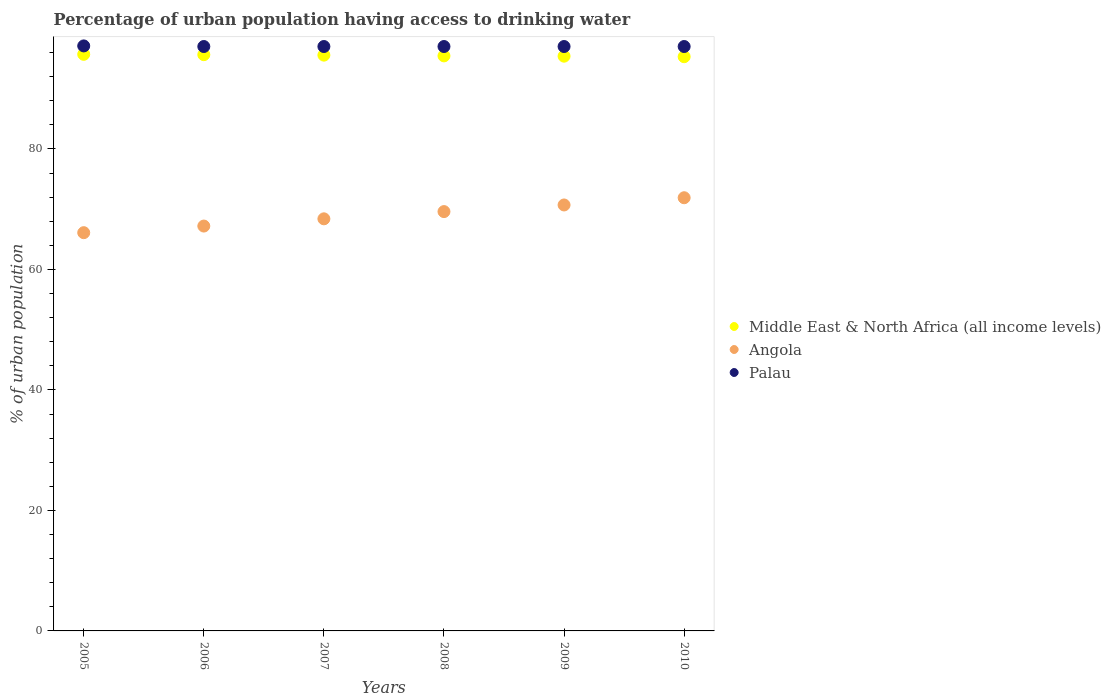
| Years | Middle East & North Africa (all income levels) | Angola | Palau |
 | --- | --- | --- | --- |
 | 2005 | 95.7 | 66.1 | 97.1 |
 | 2006 | 95.6 | 67.2 | 97 |
 | 2007 | 95.6 | 68.4 | 97 |
 | 2008 | 95.4 | 69.6 | 97 |
 | 2009 | 95.4 | 70.7 | 97 |
 | 2010 | 95.3 | 71.9 | 97 |